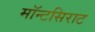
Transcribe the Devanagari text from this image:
मॉन्टसिराट